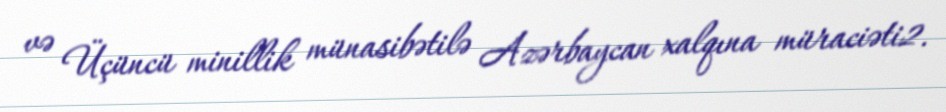
və Üçüncü minillik münasibətilə Azərbaycan xalqına müraciəti2.